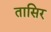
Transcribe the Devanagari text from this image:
तासिर